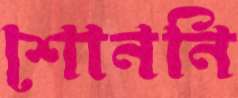
শোননি